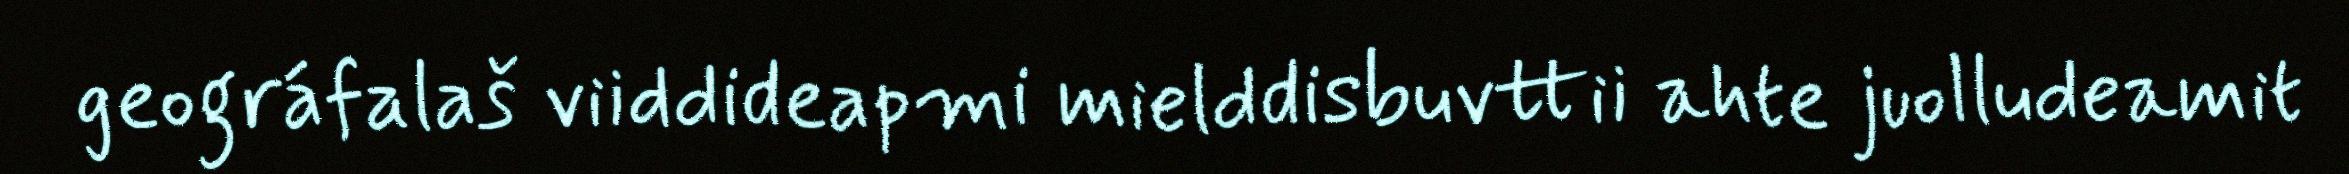
geográfalaš viiddideapmi mielddisbuvttii ahte juolludeamit